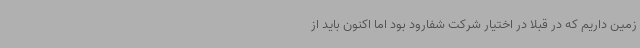
زمین داریم که در قبلا در اختیار شرکت شفارود بود اما اکنون باید از